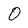
Character: O